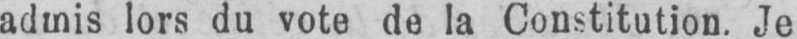
admis lors du vote de la Constitution. Je